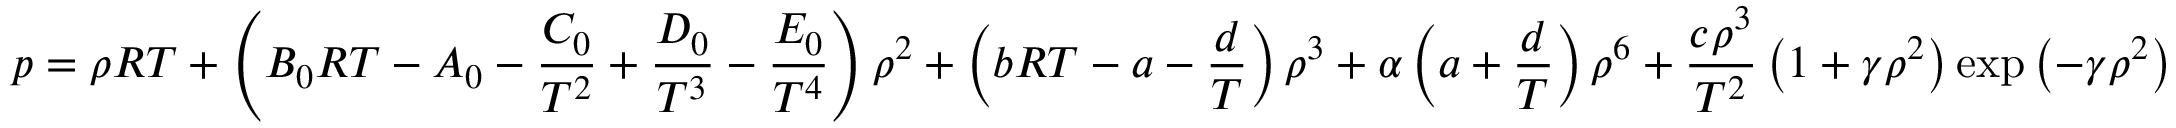
p = \rho R T + \left( B _ { 0 } R T - A _ { 0 } - { \frac { C _ { 0 } } { T ^ { 2 } } } + { \frac { D _ { 0 } } { T ^ { 3 } } } - { \frac { E _ { 0 } } { T ^ { 4 } } } \right) \rho ^ { 2 } + \left( b R T - a - { \frac { d } { T } } \right) \rho ^ { 3 } + \alpha \left( a + { \frac { d } { T } } \right) \rho ^ { 6 } + { \frac { c \rho ^ { 3 } } { T ^ { 2 } } } \left( 1 + \gamma \rho ^ { 2 } \right) \exp \left( - \gamma \rho ^ { 2 } \right)